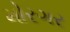
મોરગર